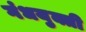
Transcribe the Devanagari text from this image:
गंधयुक्ती